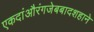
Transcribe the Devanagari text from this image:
एकदांऔरंगजेबबादशहाने